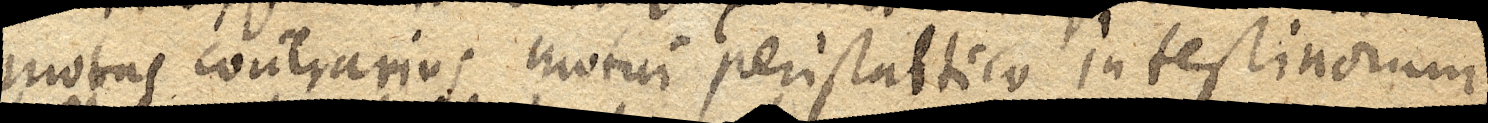
motus contrarius motui peristaltico intestinorum,